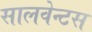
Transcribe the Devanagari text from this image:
सालवेन्टस